Source: Handwritten
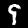
Digit: ၄ (4)